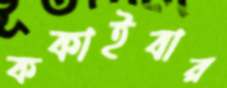
ককাইবার